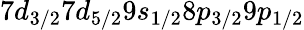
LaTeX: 7d_{3/2}7d_{5/2}9s_{1/2}8p_{3/2}9p_{1/2}